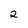
Character: 2